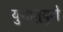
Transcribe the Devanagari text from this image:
युगानुयुगे